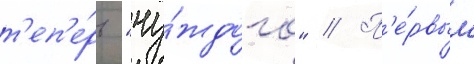
т'еп'е́рь "чу́ждого" // П'е́рвым